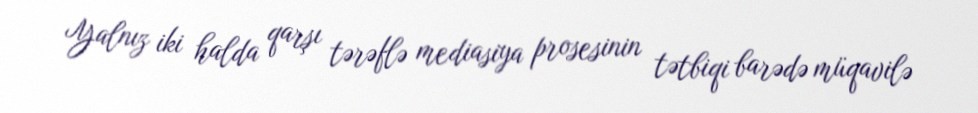
Yalnız iki halda qarşı tərəflə mediasiya prosesinin tətbiqi barədə müqavilə